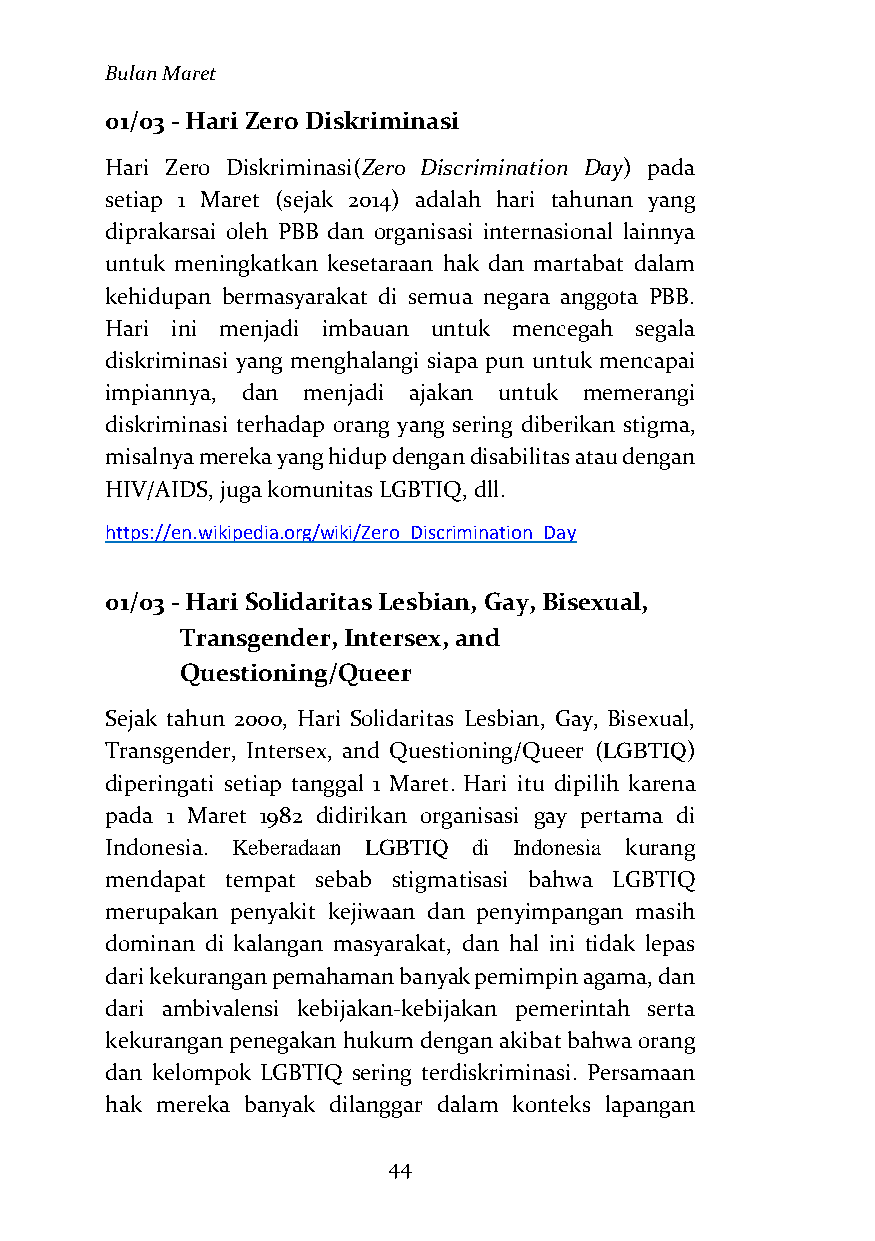
Bulan Maret
 01/03 - Hari Zero Diskriminasi
 Hari Zero Diskriminasi(Zero Discrimination Day) pada
 setiap 1 Maret (sejak 2014) adalah hari tahunan yang
 diprakarsai oleh PBB dan organisasi internasional lainnya
 untuk meningkatkan kesetaraan hak dan martabat dalam
 kehidupan bermasyarakat di semua negara anggota PBB.
 Hari ini menjadi imbauan untuk mencegah segala
 diskriminasi yang menghalangi siapa pun untuk mencapai
 impiannya, dan menjadi ajakan untuk memerangi
 diskriminasi terhadap orang yang sering diberikan stigma,
 misalnya mereka yang hidup dengan disabilitas atau dengan
 HIV/AIDS, juga komunitas LGBTIQ, dll.
 https://en.wikipedia.org/wiki/Zero_Discrimination_Day
 01/03 - Hari Solidaritas Lesbian, Gay, Bisexual,
 Transgender, Intersex, and
 Questioning/Queer
 Sejak tahun 2000, Hari Solidaritas Lesbian, Gay, Bisexual,
 Transgender, Intersex, and Questioning/Queer (LGBTIQ)
 diperingati setiap tanggal 1 Maret. Hari itu dipilih karena
 pada 1 Maret 1982 didirikan organisasi gay pertama di
 Indonesia. Keberadaan LGBTIQ di Indonesia kurang
 mendapat tempat sebab stigmatisasi bahwa LGBTIQ
 merupakan penyakit kejiwaan dan penyimpangan masih
 dominan di kalangan masyarakat, dan hal ini tidak lepas
 dari kekurangan pemahaman banyak pemimpin agama, dan
 dari ambivalensi kebijakan-kebijakan pemerintah serta
 kekurangan penegakan hukum dengan akibat bahwa orang
 dan kelompok LGBTIQ sering terdiskriminasi. Persamaan
 hak mereka banyak dilanggar dalam konteks lapangan
 44